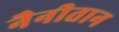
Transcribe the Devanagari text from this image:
नैनीतान